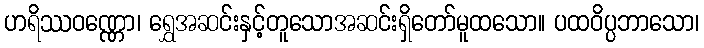
ဟရိဿဝဏ္ဏော၊ ရွှေအဆင်းနှင့်တူသောအဆင်းရှိတော်မူထသော။ ပထဝိပ္ပဘာသော၊